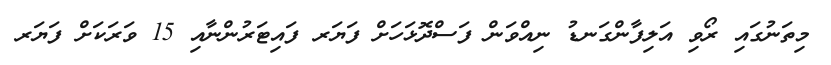
މިތަނުގައި ރޯވި އަލިފާންގަނޑު ނިއްވަން ފަސްދޮޅަހަށް ފަޔަރ ފައިޓަރުންނާއި 15 ވަރަކަށް ފަޔަރ